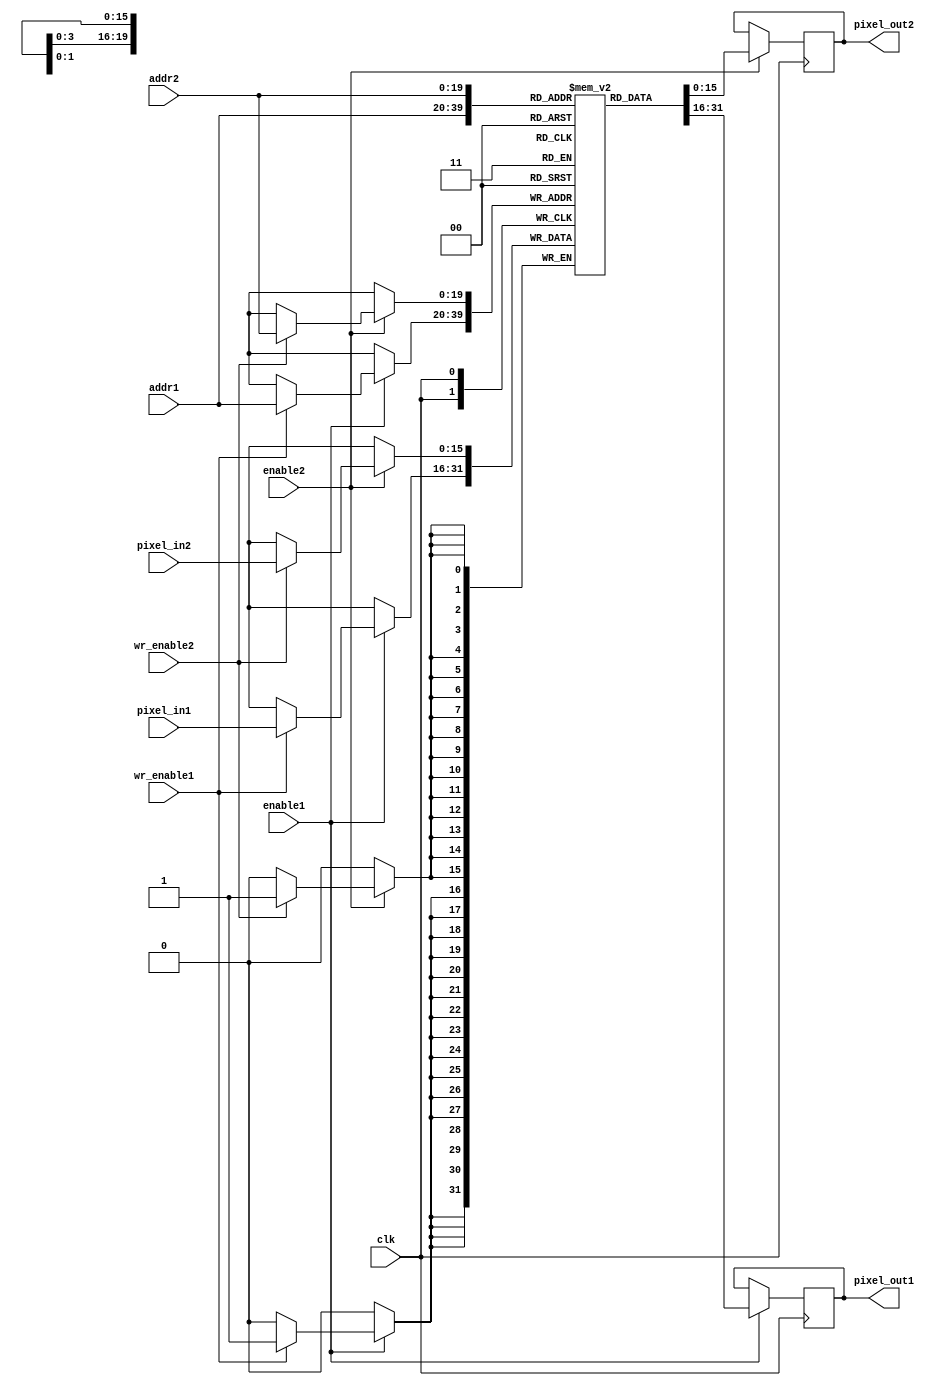
`timescale 1ns / 1ps
//////////////////////////////////////////////////////////////////////////////////
// Company: 
// Engineer: 
// 
// Design Name: 
// Module Name: memory
// Project Name: 
// Target Devices: 
// Tool Versions: 
// Description: 
// 
// Dependencies: 
// 
// Revision:
// Revision 0.01 - File Created
// Additional Comments:
// 
//////////////////////////////////////////////////////////////////////////////////
//(* DONT_TOUCH = "true" *)
module memory
#(parameter SIZE = 1000000,
            WIDTH = 16)
(
input [WIDTH-1:0] pixel_in1,
input [WIDTH-1:0] pixel_in2,
output reg [WIDTH-1:0] pixel_out1,
output reg [WIDTH-1:0] pixel_out2,
input enable1,
input wr_enable1,
input enable2,
input wr_enable2,
input [$clog2(SIZE)-1:0] addr1,
input [$clog2(SIZE)-1:0] addr2,
input clk
    );
   
        
    reg [WIDTH-1:0] mem [SIZE-1:0];
    
    always @ (posedge clk) begin
        if (enable1)begin
            pixel_out1 <= mem[addr1];
                if (wr_enable1)
                    mem[addr1] <= pixel_in1;
        end
    end                
    
    always @ (posedge clk) begin    
        if (enable2) begin
            pixel_out2 <= mem[addr2];
                if (wr_enable2)
                    mem[addr2] <= pixel_in2;
        end            
                        
    end                 
endmodule